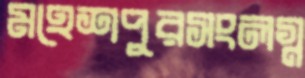
মহেশপুরসংলগ্ন